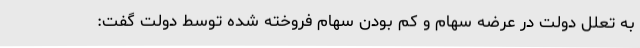
به تعلل دولت در عرضه سهام و کم بودن سهام فروخته شده توسط دولت گفت: